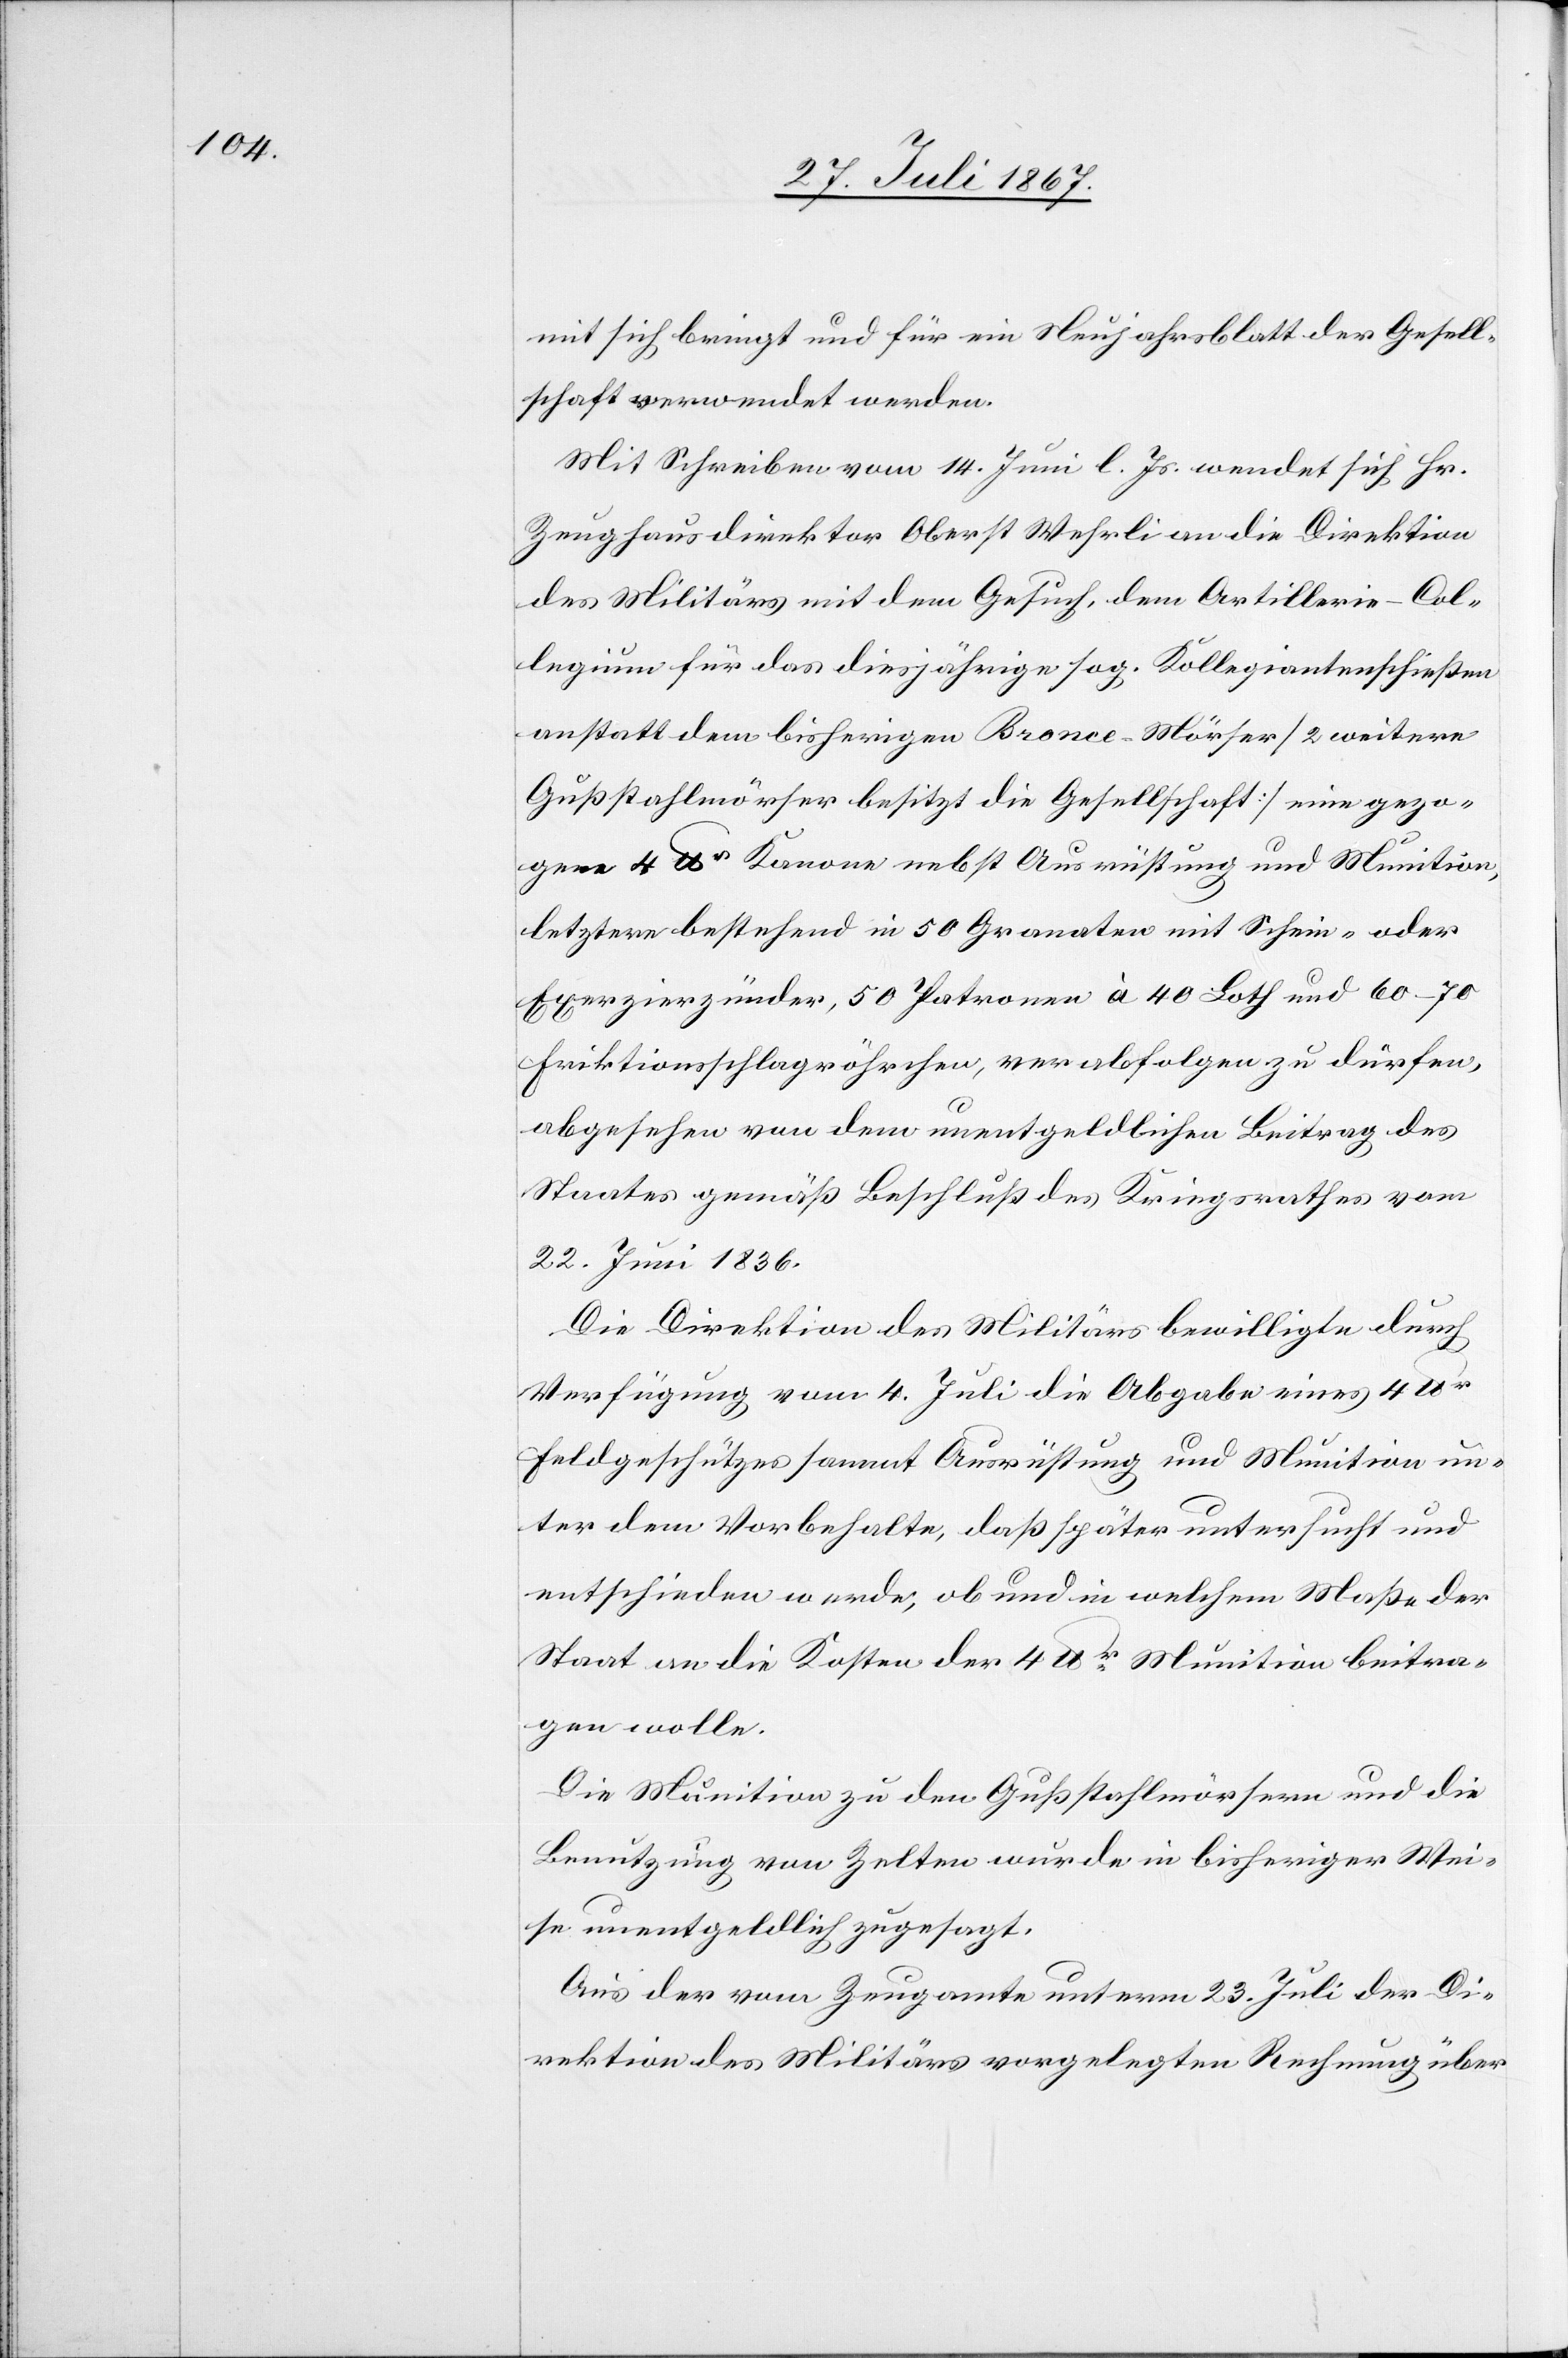
mit sich bringt und für ein Neujahrsblatt der Gesell¬
schaft verwendet werden.
Mit Schreiben vom 14. Juni l. Js. wendet sich Hr.
Zeughausdirektor Oberst Wehrli an die Direktion
des Militärs mit dem Gesuch, dem Artillerie-Col¬
legium für das diesjährige sog. Kollegiantenschießen
anstatt dem bisherigen Bronce-Mörser [2 weitere
Gußstahlmörser besitzt die Gesellschaft] eine gezo¬
gene 4 lbr Kanone nebst Ausrüstung und Munition,
letztere bestehend in 50 Granaten mit Schein- oder
Exerzierzünder, 50 Patronen à 40 Loth und 60–70
Friktionsschlagröhrchen, verabfolgen zu dürfen,
abgesehen von dem unentgeldlichen Beitrag des
Staates gemäß Beschluß des Kriegsrathes vom
22. Juni 1836.
Die Direktion des Militärs bewilligte durch
Verfügung vom 4. Juli die Abgabe eines 4 lbr
Feldgeschützes sammt Ausrüstung und Munition un¬
ter dem Vorbehalte, daß später untersucht und
entschieden werde, ob und in welchem Maße der
Staat an die Kosten der 4 lbr. Munition beitra¬
gen wolle.
Die Munition zu den Gußstahlmörsern und die
Benutzung von Zelten wurde in bisheriger Wei¬
se unentgeldlich zugesagt.
Aus der vom Zeugamte unterm 23. Juli der Di¬
rektion des Militärs vorgelegten Rechnung über